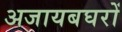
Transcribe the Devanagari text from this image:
अजायबघरों